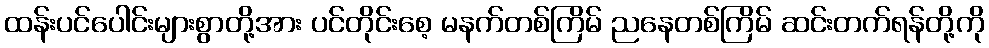
ထန်းပင်ပေါင်းများစွာတို့အား ပင်တိုင်းစေ့ မနက်တစ်ကြိမ် ညနေတစ်ကြိမ် ဆင်းတက်ရန်တို့ကို